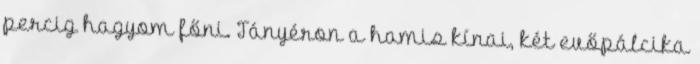
percig hagyom főni. Tányéron a hamis kínai, két evőpálcika